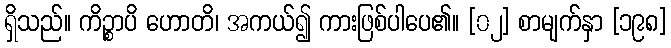
ရှိသည်။ ကိဉ္စာပိ ဟောတိ၊ အကယ်၍ ကားဖြစ်ပါပေ၏။ [၀၂] စာမျက်နှာ [၁၉၈]